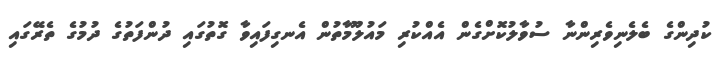
ކުދިންގެ ބެލެނިވެރިންނާ ސުވާލުކޮށްގެން އެއްކުރި މައުލޫމާތުން އެނގިފައިވާ ގޮތުގައި ދުންފަތުގެ ދުމުގެ ތެރޭގައި